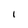
Character: I